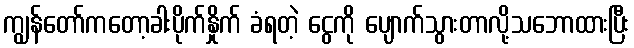
ကျွန်တော်ကတော့ခါးပိုက်နှိုက် ခံရတဲ့ ငွေကို ပျောက်သွားတာလို့သဘောထားပြီး